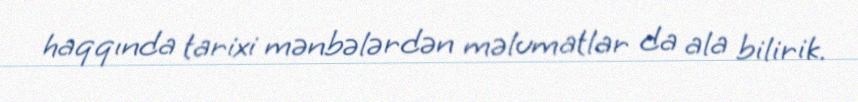
haqqında tarixi mənbələrdən məlumatlar da ala bilirik.